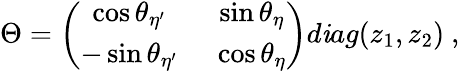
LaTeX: \Theta=\left(\begin{array}{cc}{{\cos\theta_{\eta^{\prime}}}}&{{~\sin\theta_{\eta}}}\\ {{-\sin\theta_{\eta^{\prime}}}}&{{~\cos\theta_{\eta}}}\end{array}\right)d\mathit{i}ag(z_{1},z_{2})~,